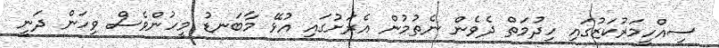
ސިއްހީމަރުކަޒުގައި ހިދުމަތް ދެވެން ނެތުމުން އެރަށުގައި އުޅޭ މާބަނޑު މީހުންވެސް ވިހަން ދަނީ